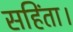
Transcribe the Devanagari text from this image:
सहिंता।